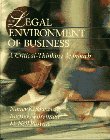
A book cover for The Legal Environment of Business: A Critical-Thinking Approach; Nancy K. Kubasek; Law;